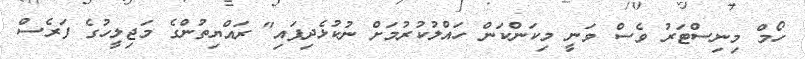
ހޯމް މިނިސްޓަރު ވެސް ވަނީ މިކަންކަން ހައްލުކުރުމަށް ނުކުޅެދިފައި" ރައްޔިތުންގެ މަޖިލީހުގެ ފަރެސް